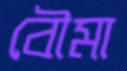
বৌমা